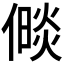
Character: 𪝧